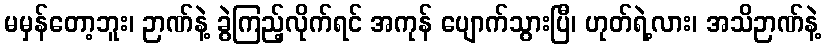
မမှန်တော့ဘူး၊ ဉာဏ်နဲ့ ခွဲကြည့်လိုက်ရင် အကုန် ပျောက်သွားပြီ၊ ဟုတ်ရဲ့လား၊ အသိဉာဏ်နဲ့